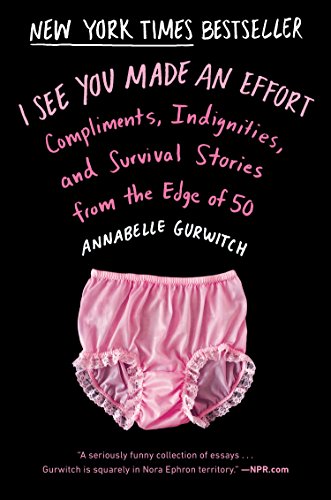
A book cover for I See You Made an Effort: Compliments, Indignities, and Survival Stories from the Edge of 50; Annabelle Gurwitch; Humor & Entertainment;